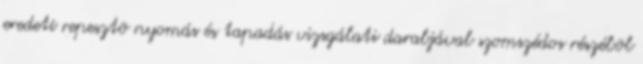
eredeti repesztõ nyomás és tapadás vizsgálati darabjával szomszédos részébõl